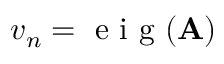
v _ { n } = \mathrm { ~ e ~ i ~ g ~ } ( \mathbf { A } )